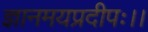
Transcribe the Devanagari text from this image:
ज्ञानमयप्रदीपः।।